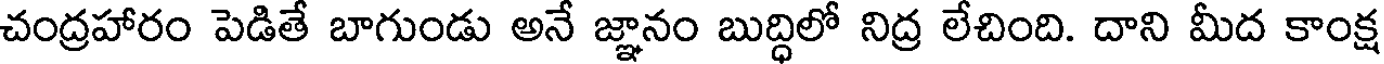
చంద్రహారం పెడితే బాగుండు అనే జ్ఞానం బుద్ధిలో నిద్ర లేచింది. దాని మీద కాంక్ష